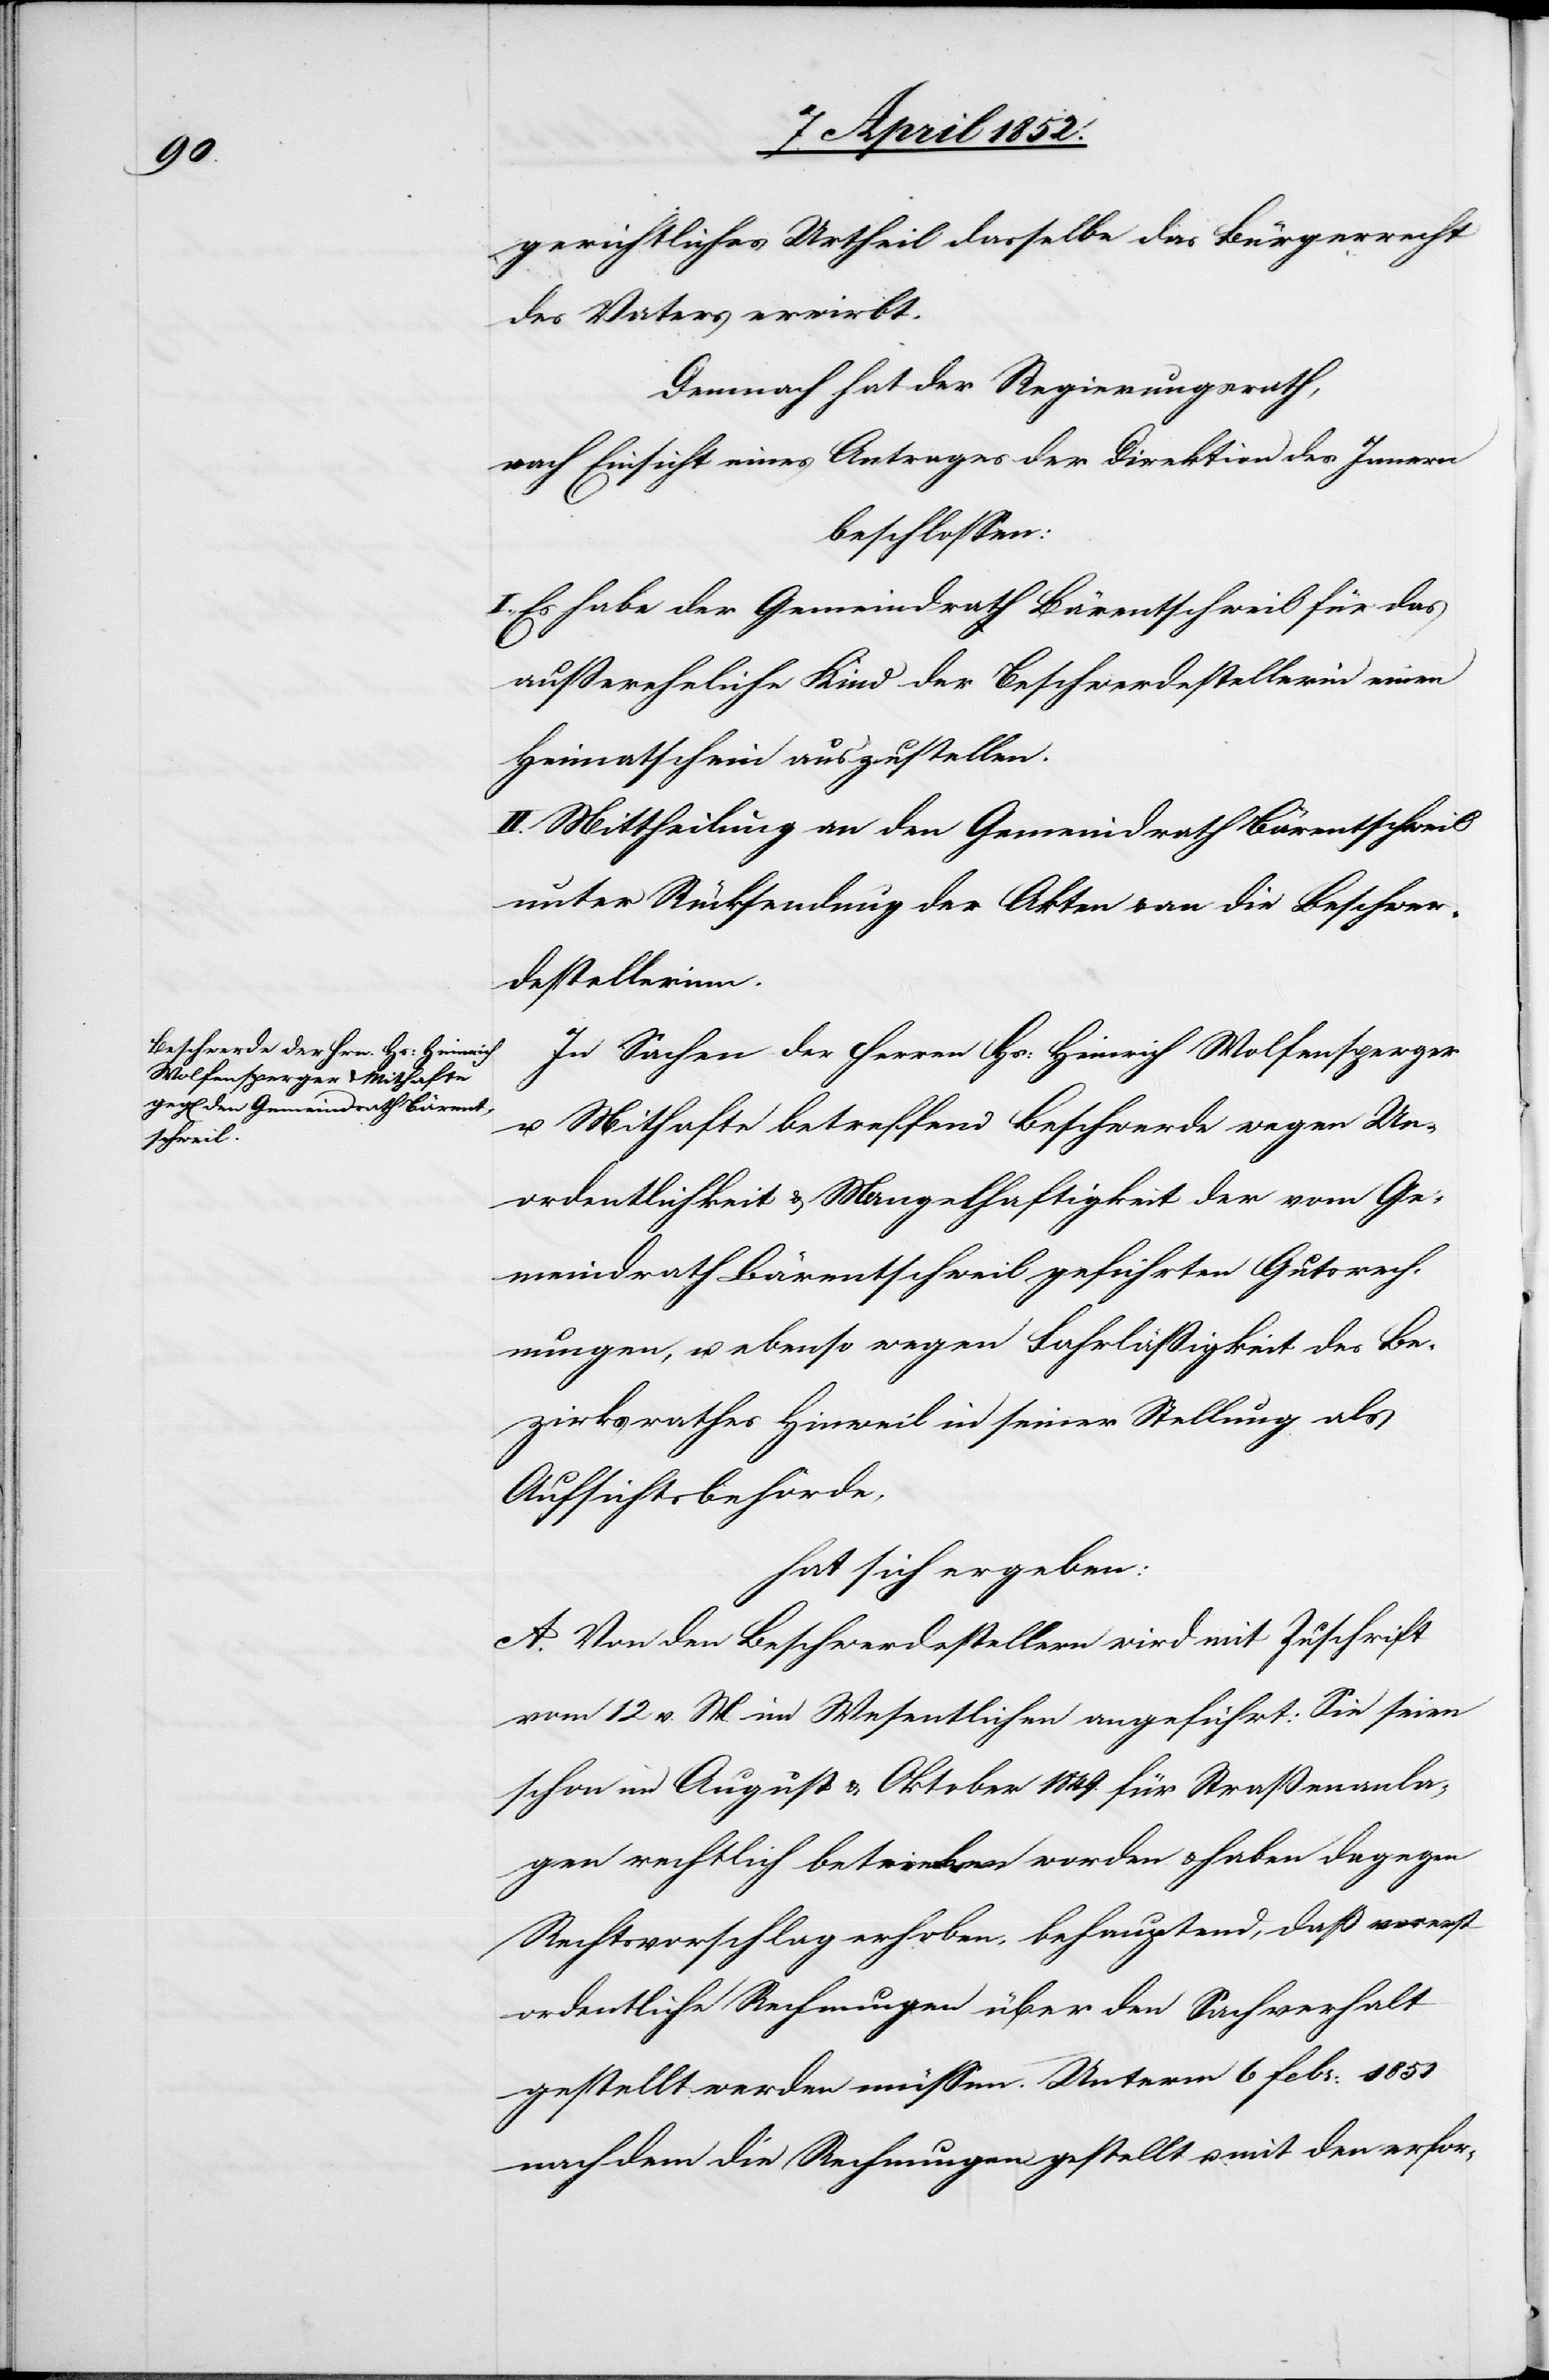
gerichtliches Urtheil dasselbe das Bürgerrecht
des Vaters erwirbt.
Demnach hat der Regierungsrath,
nach Einsicht eines Antrages der Direktion des Innern
beschlossen:
I., Es habe der Gemeindrath Bärentschweil für das
außereheliche Kind der Beschwerdestellerin einen
Heimatschein auszustellen.
II. Mittheilung an den Gemeindrath Bärentschweil
unter Rücksendung der Akten & an die Beschwer¬
destellerinn.
In Sachen der Herren Hs: Heinrich Wolfensperger
u. Mithafte betreffend Beschwerde wegen Un¬
ordentlichkeit & Mangelhaftigkeit der vom Ge¬
meindrath Bärentschweil geführten Gutsrech¬
nungen, u. ebenso wegen Fahrlässigkeit des Be¬
zirksrathes Hinweil in seiner Stellung als
Aufsichtsbehörde,
hat sich ergeben:
A. Von den Beschwerdestellern wird mit Zuschrift
vom 12 v. M. im Wesentlichen angeführt: Sie seien
schon im August & Oktober 1849. für Straßenanla¬
gen rechtlich betrieben worden & haben dagegen
Rechtsvorschlag erhoben, behauptend, daß vorerst
ordentliche Rechnungen über den Sachverhalt
gestellt werden müssen. Unterm 6 Febr: 1851
nach dem die Rechnungen gestellt u. mit den erfor-